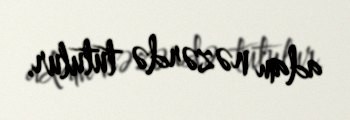
adam nəzərdə tutulur.